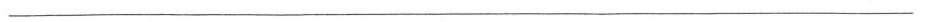
___